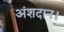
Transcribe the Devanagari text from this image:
अंशदान।